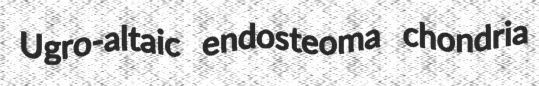
Ugro-altaic endosteoma chondria